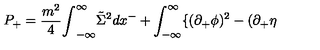
P _ { + } = { \frac { m ^ { 2 } } { 4 } } { \int } _ { - { \infty } } ^ { \infty } \tilde { \Sigma } ^ { 2 } d x ^ { - } + \int _ { - { \infty } } ^ { \infty } \{ ( { \partial } _ { + } { \phi } ) ^ { 2 } - ( { \partial } _ { + } { \eta }